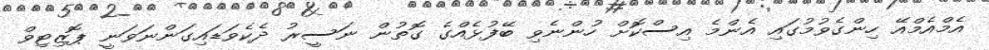
އެމްއެމްއޭ ހިންގެވުމުގައި އެންމެ އިސްކޮށް ހުންނެވި ބޭފުޅެއްގެ ގޮތުން ނަސީރު ދެކެވަޑައިގަންނަވަނީ ޕޮޒިޓިވް